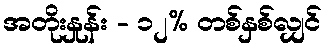
အတိုးနှုန်း - ၁၂% တစ်နှစ်လျှင်